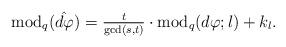
LaTeX: \begin{align*}\mathrm{mod}_q(\hat{d\varphi})=\tfrac{t}{\mathrm{gcd}(s,t)}\cdot \mathrm{mod}_q(d\varphi;l)+k_l.\end{align*}